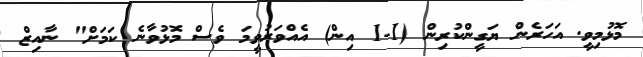
މޮޅުމިވީ. އަހަރެން ޔަގީންކުރިން (1-1 އިން) އެއްވަރުވީމަ ވެސް މޮޅުވާނެ ކަމަށް" ނާއިޒް